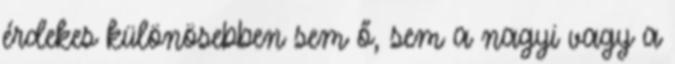
érdekes különösebben sem ő, sem a nagyi vagy a